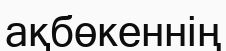
ақбөкеннің